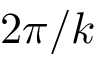
2 \pi / k